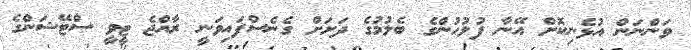
ވަންނަން އުޅެނިކޮށް އޭނާ ފުލުހުންގެ ބެލުމުގެ ދަށަށް ގެނެސްފައިވަނީ ރާއްޖެ ޓީވީ ސްޓޭޝަންގެ